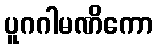
ပူဂဂါမဏိကော